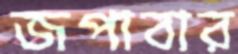
জপাবার